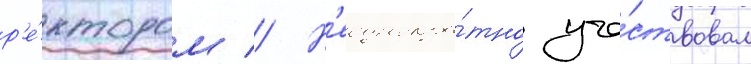
р'е́ктором // Н'еоднокра́тно уча́ствовал